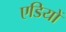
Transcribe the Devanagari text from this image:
एडियों